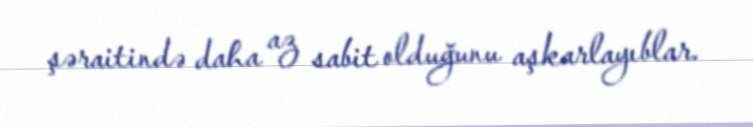
şəraitində daha az sabit olduğunu aşkarlayıblar.